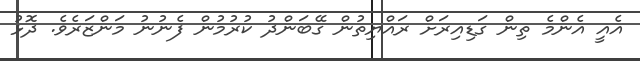
އެއީ އެންމެ ތިން ގަޑިއިރަށް ރައްޔިތުން ގޭބަންދު ކުރުމުން ފެނުނު މަންޒަރެވެ. ދޮޅު